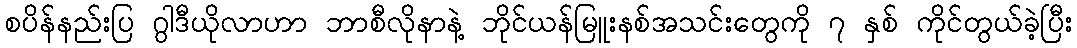
စပိန်နည်းပြ ဂွါဒီယိုလာဟာ ဘာစီလိုနာနဲ့ ဘိုင်ယန်မြူးနစ်အသင်းတွေကို ၇ နှစ် ကိုင်တွယ်ခဲ့ပြီး